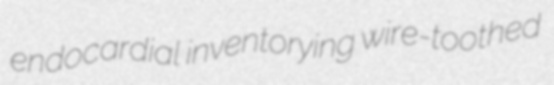
endocardial inventorying wire-toothed